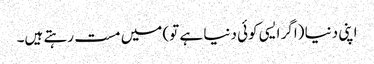
اپنی دنیا (اگر ایسی کوئی دنیا ہے تو) میں مست رہتے ہیں۔